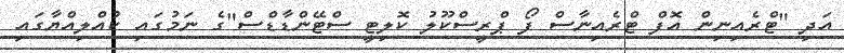
އަދި "ޓްރެއިނިން އޮފް ޓްރެއިނާސް ފޯ ޕްރީސްކޫލު ކޮލިޓީ ސްޓޭންޑާޑްސް"ގެ ނަމުގައި ކުއްލިއްޔާގައި